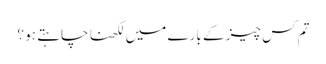
تم کس چیز کے بارے میں لکھنا چاہتے ہو ؟